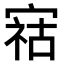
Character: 𫳫